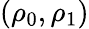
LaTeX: (\rho_{0},\rho_{1})